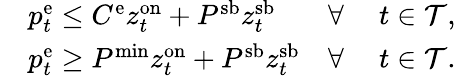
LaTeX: \begin{array}{rlrl}&{p_{t}^{\mathrm{{e}}}\leq C^{\mathrm{e}}z_{t}^{\mathrm{{on}}}+P^{\mathrm{sb}}z_{t}^{\mathrm{{sb}}}}&{\forall~}&{t\in\mathcal{T},}\\ &{p_{t}^{\mathrm{e}}\geq P^{\mathrm{{min}}}z_{t}^{\mathrm{on}}+P^{\mathrm{{sb}}}z_{t}^{\mathrm{sb}}}&{\forall~}&{t\in\mathcal{T}.}\end{array}